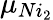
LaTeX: \mu_{Ni_{2}}